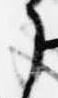
了